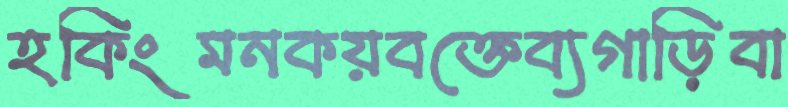
হকিংমনকয়বক্তেব্যগাড়িবা